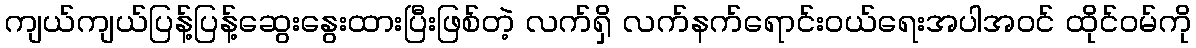
ကျယ်ကျယ်ပြန့်ပြန့်ဆွေးနွေးထားပြီးဖြစ်တဲ့ လက်ရှိ လက်နက်ရောင်းဝယ်ရေးအပါအဝင် ထိုင်ဝမ်ကို